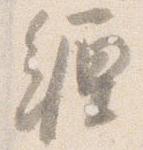
纏